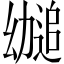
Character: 𫷤